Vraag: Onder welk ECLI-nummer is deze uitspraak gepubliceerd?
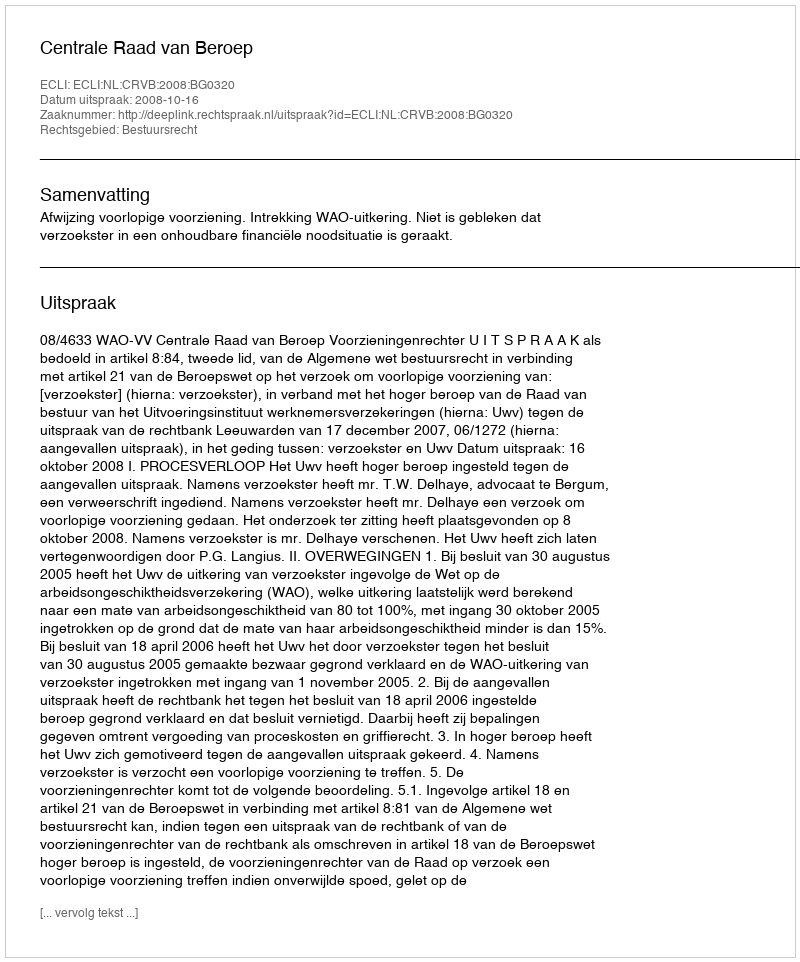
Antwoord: ECLI:NL:CRVB:2008:BG0320